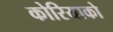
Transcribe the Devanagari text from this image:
कोरियाको